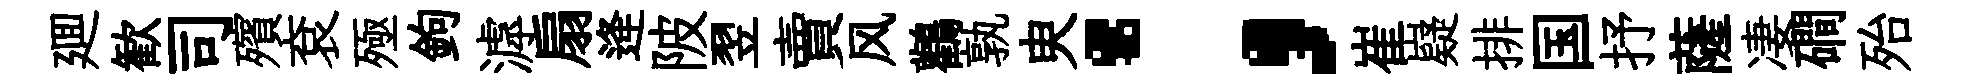
廽歓司殯袞殛鉤滹扇逄陂翌賣风鸛孰㬰；崔嶷排国抒薩凄磵殆